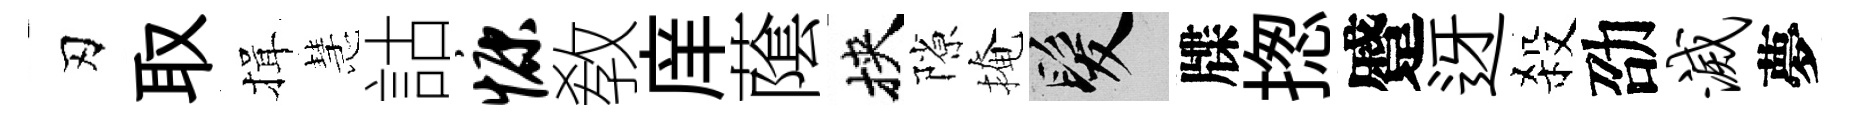
刃取揖慧詁慷敎庠䕃挾隙掩髮牒揔蹙迓殺劭灭夢